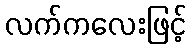
လက်ကလေးဖြင့်